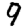
Digit: 9